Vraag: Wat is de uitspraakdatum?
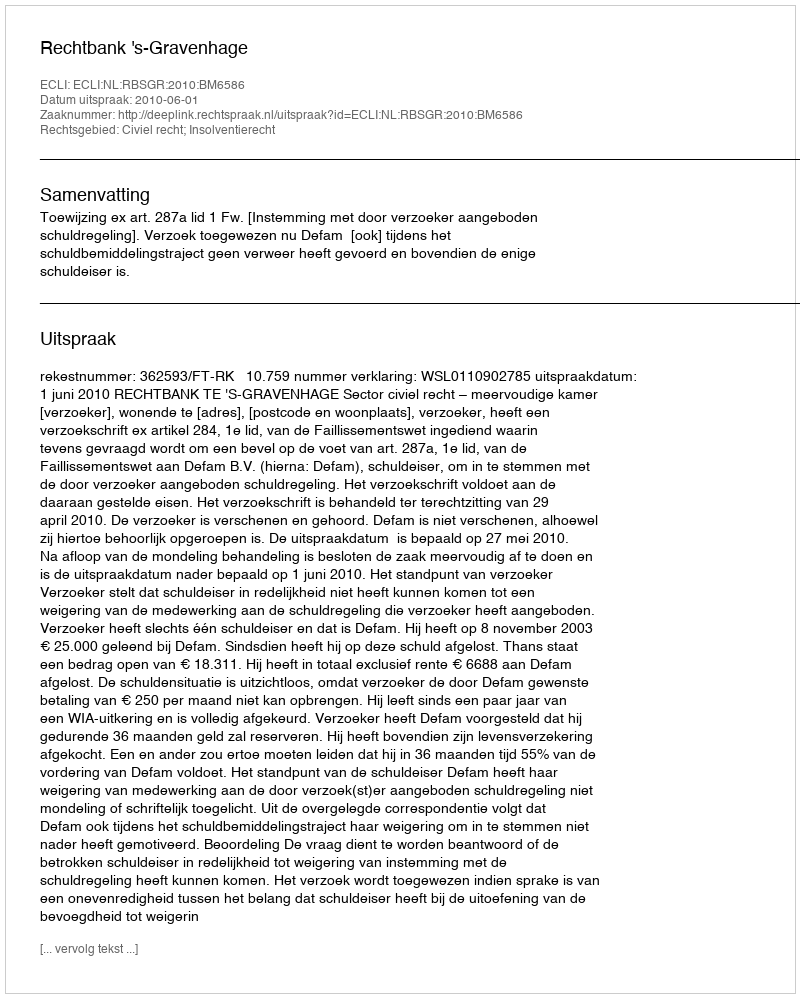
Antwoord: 2010-06-01